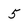
Character: 5